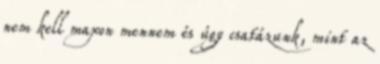
nem kell maxon mennem és úgy csatázunk, mint az